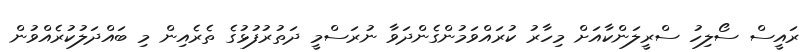
ރައީސް ސޯލިހު ސްރީލަންކާއަށް މިހާރު ކުރައްވަމުންގެންދަވާ ނުރަސްމީ ދަތުރުފުޅުގެ ތެރެއިން މި ބައްދަލުކުރެއްވުން